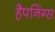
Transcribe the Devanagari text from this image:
हैपनिंग्स